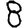
Digit: 8